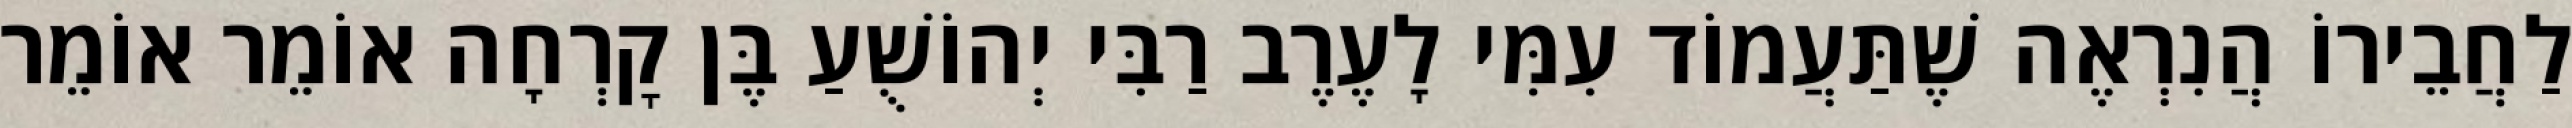
לַחֲבֵירוֹ הֲנִרְאֶה שֶׁתַּעֲמוֹד עִמִּי לָעֶרֶב רַבִּי יְהוֹשֻׁעַ בֶּן קׇרְחָה אוֹמֵר אוֹמֵר